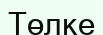
Төлке